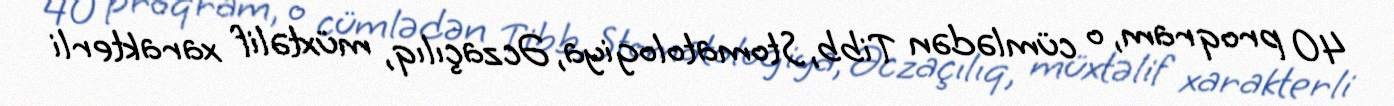
40 proqram, o cümlədən Tibb, Stomatologiya, Əczaçılıq, müxtəlif xarakterli